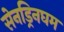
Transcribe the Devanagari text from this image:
सेनड्रिनघम